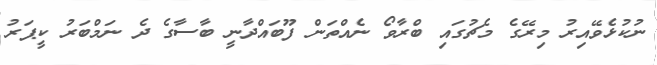
ނުކުޅެވޭއިރު މިރޭގެ މެޗުގައި ބްރާވޯ ނެއްތަން ފޫބައްދާނީ ބާސާގެ ދެ ނަމްބަރު ކީޕަރު